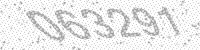
Solution: 063291